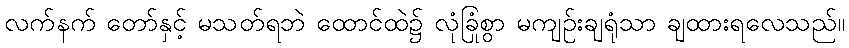
လက်နက် တော်နှင့် မသတ်ရဘဲ ထောင်ထဲ၌ လုံခြုံစွာ မကျဉ်းချရုံသာ ချထားရလေသည်။